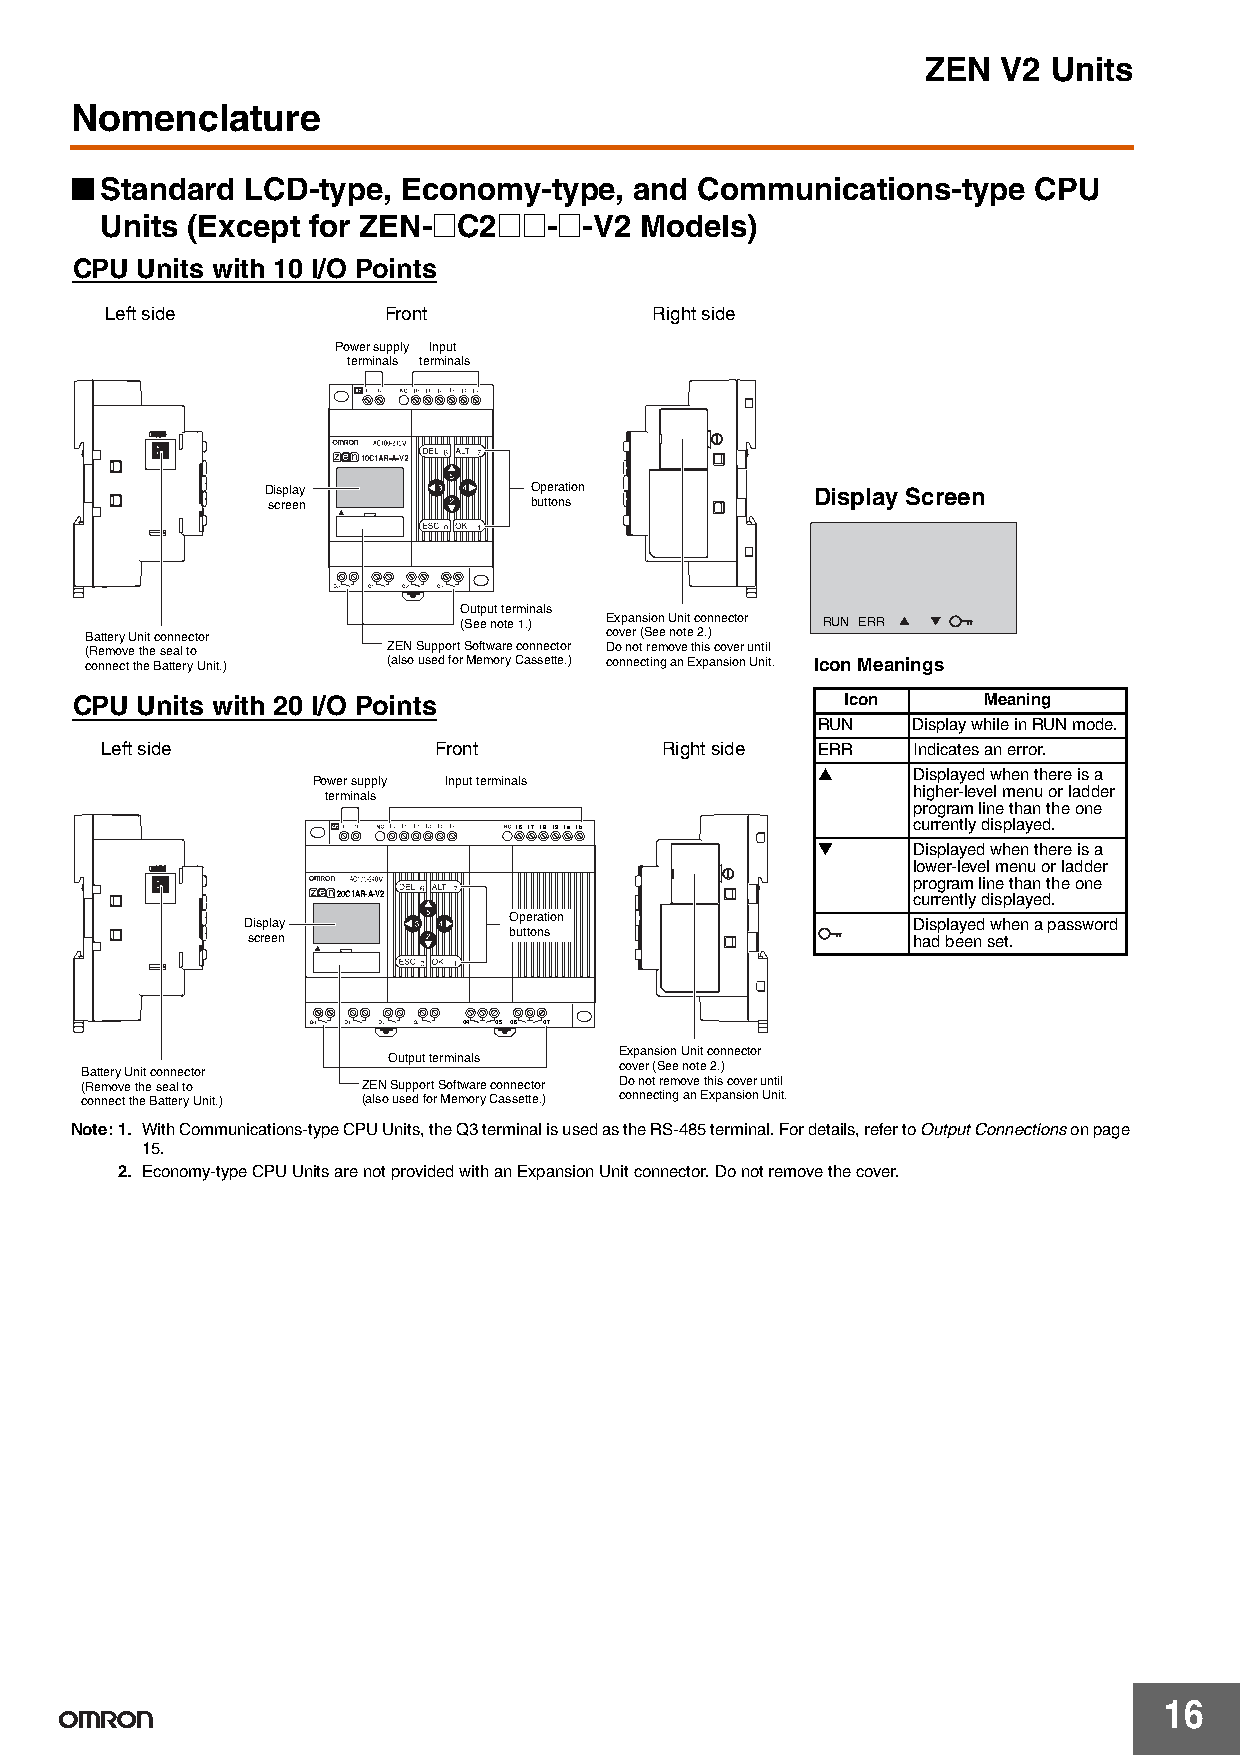
ZEN  V2  Units
 Nomenclature
 ■
 Standard LCD-type,  Economy-type,  and Communications-type   CPU
 Units (Except for ZEN-@C2@@-@-V2   Models)
 CPU Units with 10 I/O Points
 Left side         Front             Right side
 Power supply Input
 terminals terminals
 Display          Operation          Display Screen
 screen           buttons
 Output terminals
 (See note 1.) Expansion Unit connector RUN ERR
 Battery Unit connector            cover (See note 2.)
 (Remove the seal to ZEN Support Software connector Do not remove this cover until
 connect the Battery Unit.) (also used for Memory Cassette.) connecting an Expansion Unit. Icon Meanings
 CPU Units with 20 I/O Points                       Icon     Meaning
 RUN   Display while in RUN mode.
 Left side             Front          Right side ERR  Indicates an error.
 ▲     Displayed when there is a
 Power supply Input terminals
 higher-level menu or ladder
 terminals
 program line than the one
 currently displayed.
 I6I7 I8 I9IaIb
 ▼     Displayed when there is a
 lower-level menu or ladder
 program line than the one
 20C1AR-A-V2                           currently displayed.
 Display           Operation                 Displayed when a password
 screen            buttons                   had been set.
 Q4 Q5 Q6 Q7
 Expansion Unit connector
 Output terminals
 Battery Unit connector              cover (See note 2.)
 (Remove the seal to ZEN Support Software connector Do not remove this cover until
 connect the Battery Unit.) (also used for Memory Cassette.) connecting an Expansion Unit.
 Note:1. With Communications-type CPU Units, the Q3 terminal is used as the RS-485 terminal. For details, refer to Output Connections on page
 15.
 2. Economy-type CPU Units are not provided with an Expansion Unit connector. Do not remove the cover.
 16